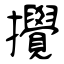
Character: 攪